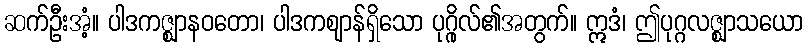
ဆက်ဦးအံ့။ ပါဒကဇ္ဈာနဝတော၊ ပါဒကဈာန်ရှိသော ပုဂ္ဂိုလ်၏အတွက်။ ဣဒံ၊ ဤပုဂ္ဂလဇ္ဈာသယော